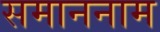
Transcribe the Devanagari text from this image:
समाननाम